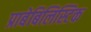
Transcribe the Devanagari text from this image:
प्राबेबिलिस्टिक